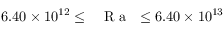
6 . 4 0 \times 1 0 ^ { 1 2 } \leq \mathrm { ~ \textit ~ { ~ R ~ a ~ } ~ } \leq 6 . 4 0 \times 1 0 ^ { 1 3 }